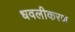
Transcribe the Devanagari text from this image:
धवलीकरण